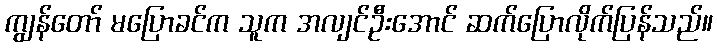
ကျွန်တော် မပြောခင်က သူက အလျင်ဦးအောင် ဆက်ပြောလိုက်ပြန်သည်။